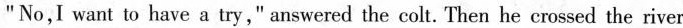
"No,I want to have a try," answered the colt. Then he crossed the river